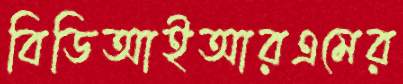
বিডিআইআরএমের